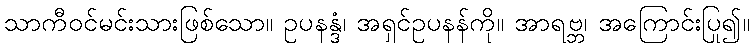
သာကီဝင်မင်းသားဖြစ်သော။ ဥပနန္ဒံ၊ အရှင်ဥပနန်ကို။ အာရဗ္ဘ၊ အကြောင်းပြု၍။